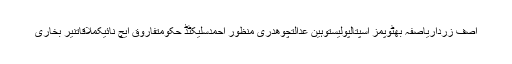
آصف زرداریآصفہ بھٹوپمز اسپتالپولیستوہین عدالتچوھدری منظور احمدسلیکٹڈ حکومتفاروق ایچ نائیکملاقاتنیر بخاری